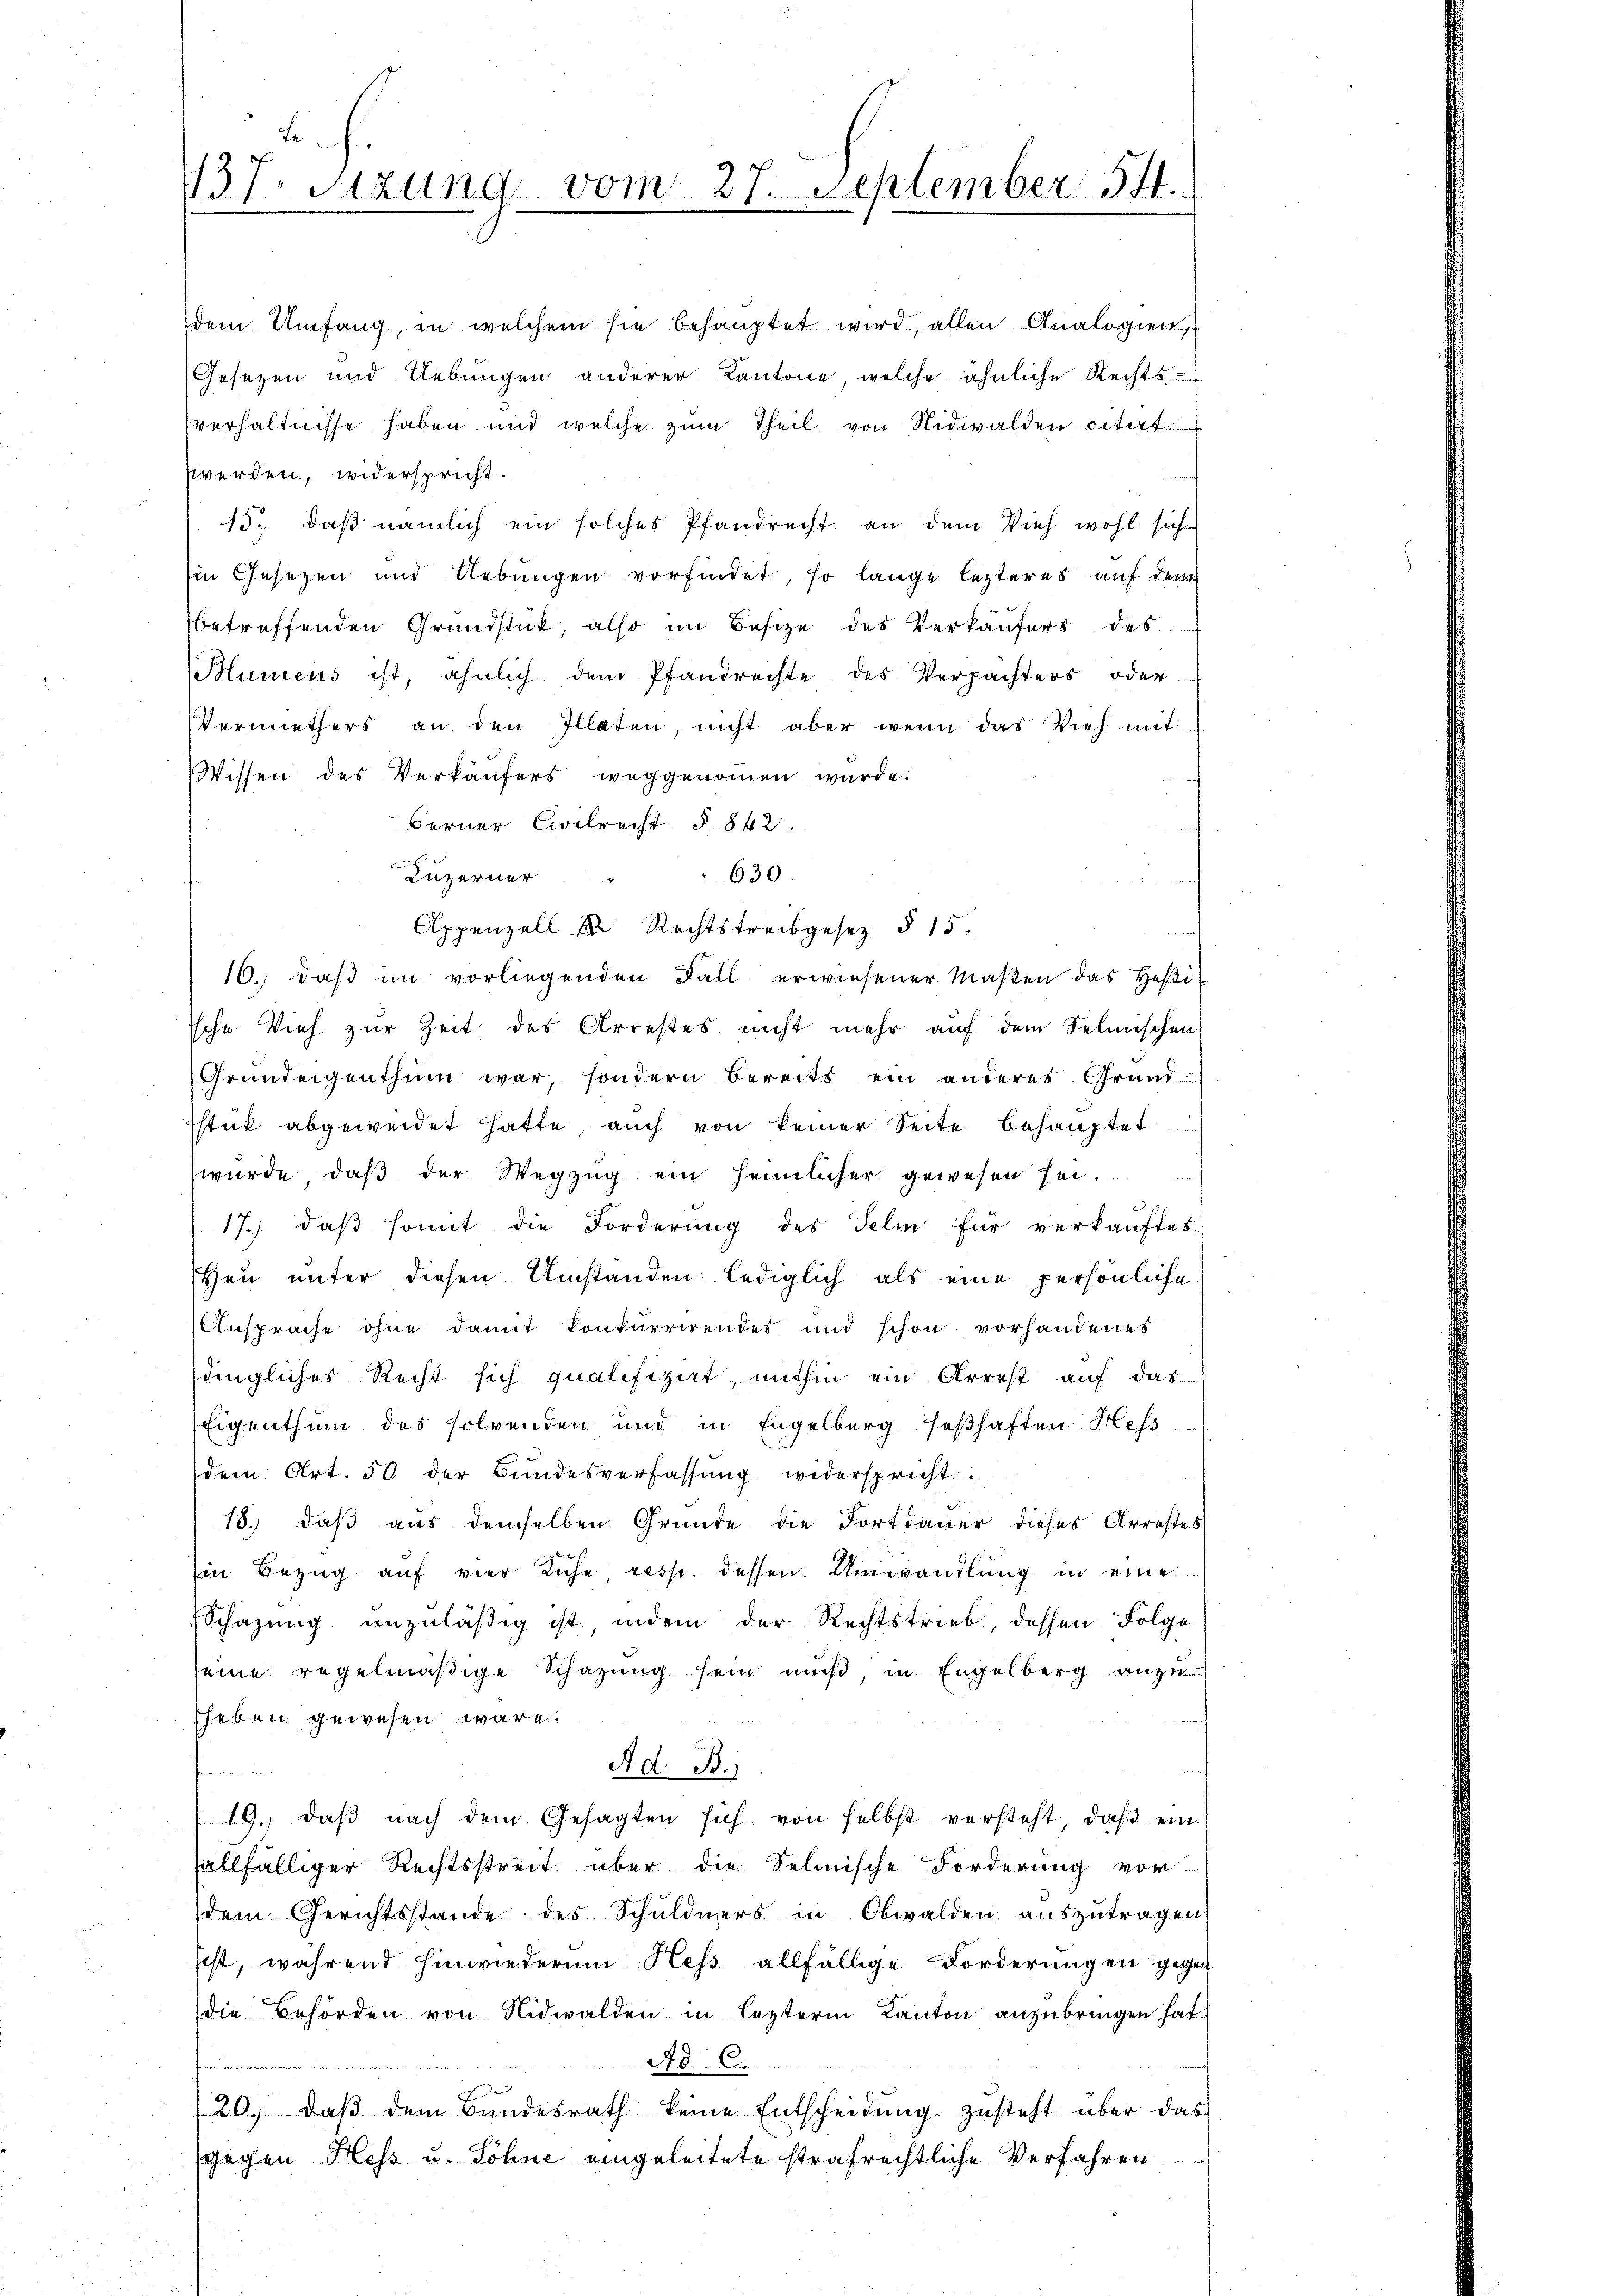
Ja
137. Sitzung vom 27. September 54.

dem Umfang, in welchem sie behauptet wird, allen Analogien,
Gesezen und Uebungen anderer Kantone, welche ähnliche Rechts-
verhältnisse haben und welche zum Theil von Nidwalden citat
werden, widerspricht.
15. daß nämlich ein solches Pfandrecht an dem Vieh wohl sich
Ein Gesetzen und Uebungen vorfindet, so lange lezteres auf dem
betreffenden Grundstück, also im Besize des Verkäufers des
Mumens ist, ähnlich dem Pfandrechte des Verpächters oder
Vermiethers an den Illaten, nicht aber wenn das Vieh mit
Wissen des Verkäŭfers weggenoṁen würde.
Ferner Civilrecht § 842.
Luzerner
630.
Appenzell u. Rechtstreibgesetz § 15.
16. daβ im vorliegenden Fall erwiesener Maβen das Hofe
Iche Vieh zur Zeit des Arrestes nicht mehr auf dem Selmischen
Grundeigenthum war, sondern Bereits ein anderes Grund-
sstück abgeweidet hatte, auch von keiner Seite behauptet
wurde, daβ der Wegzŭg ein heimlicher gewesen sei.
17.) daß somit die Forderung des Telm für verkauftes
Heu unter diesen Umstanden lediglich als eine persönliche
Ansprache ohne damit konkurrirendes und schon vorhandenes
dingliches Recht sich qualifizirt, mithin ein Arrest auf das
Eigenthum des solvenden und in Engelberg seßhaften Mess
dem Art. 50 der Bundesverfassung widerspricht.
18.) daß aus demselben Grunde die Fortdauer dieses Arrestes
Ein Bezug auf vier Ruhe, resp. dessen Umwandlung in eine
Schazung unzuläßig ist, indem der Rechtstrieb, dessen Folge
seine regelmäßige Schazung sein muß in Engelberg anzu
sheben gewesen wäre.
Ad. B.
fen
G., daß nach dem Gesagten sich von selbst versteht, daß ein
allfälliger Rechtsstreit über die Selinische Forderung vor
dem Gerichtsstande des Schuldners in Obwalden auszutragen
ist, während hinwiederum Hess allfällige Forderungen gegen
die Behörden von Nidwalden in lezterm Kanton anzubringen hat
Ad C.
/20. daß dem Bundesrath keine Entscheidung zusteht über das
gegen Hess u. Söhne eingeleitete strafrechtliche Verfahren